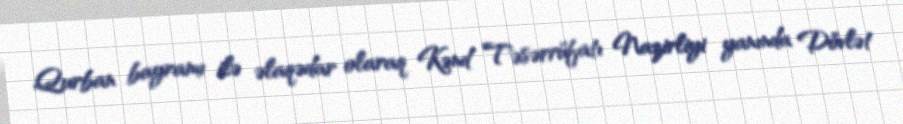
Qurban bayramı ilə əlaqədar olaraq Kənd Təsərrüfatı Nazirliyi yanında Dövlət